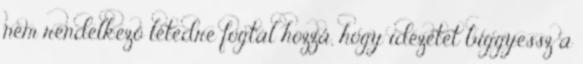
nem rendelkező létedre fogtál hozzá, hogy idézetet biggyessz a